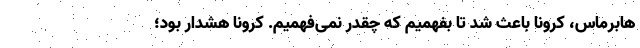
هابرماس، کرونا باعث شد تا بفهمیم که چقدر نمی‌فهمیم. کرونا هشدار بود؛